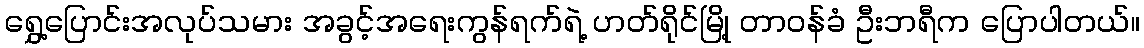
ရွှေ့ပြောင်းအလုပ်သမား အခွင့်အရေးကွန်ရက်ရဲ့ ဟတ်ရိုင်မြို့ တာဝန်ခံ ဦးဘရီက ပြောပါတယ်။